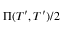
\Pi ( T ^ { \prime } , T ^ { \prime } ) / 2